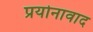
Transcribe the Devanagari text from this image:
प्रयोनावाद